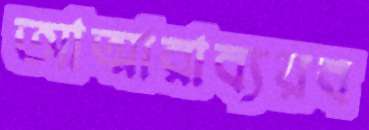
আত্মারাব্যয়ব